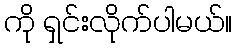
ကို ရှင်းလိုက်ပါမယ်။